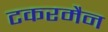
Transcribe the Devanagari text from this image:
टकरमैन